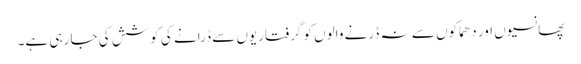
پھانسیوں اور دھماکوں سے نہ ڈرنے والوں کو گرفتاریوں سے ڈرانے کی کوشش کی جا رہی ہے۔